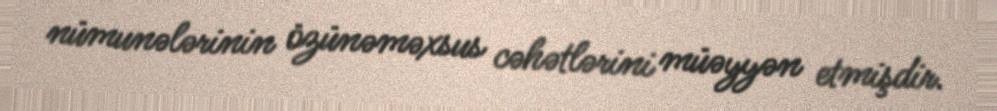
nümunələrinin özünəməxsus cəhətlərini müəyyən etmişdir.